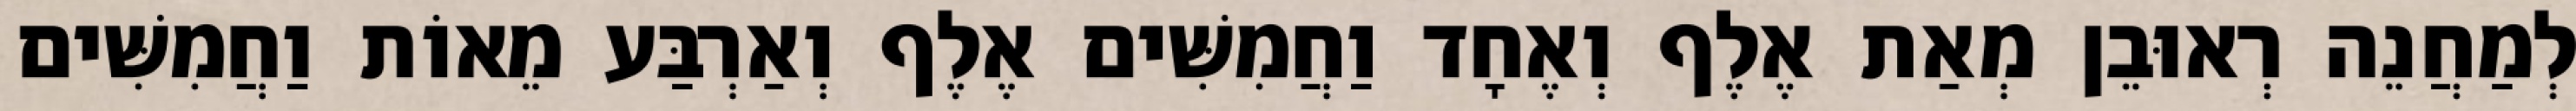
לְמַחֲנֵה רְאוּבֵן מְאַת אֶלֶף וְאֶחָד וַחֲמִשִּׁים אֶלֶף וְאַרְבַּע מֵאוֹת וַחֲמִשִּׁים